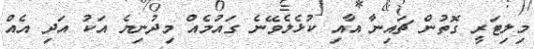
މިލިޓަރީ ގޮތުން ޗައިނާ އާއި ކުޅެލެވޭނެ ގައުމެއް މިދުނިޔެ އަކު އަދި އެއް